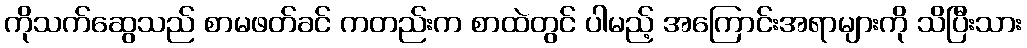
ကိုသက်ဆွေသည် စာမဖတ်ခင် ကတည်းက စာထဲတွင် ပါမည့် အကြောင်းအရာများကို သိပြီးသား